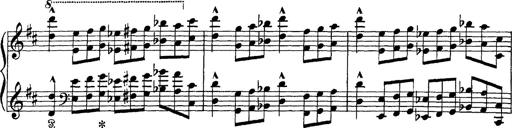
Title: Scherzo und Marsch
Composer: Franz Liszt